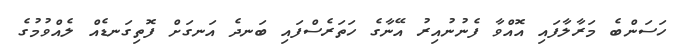
ހަސަންބެ މަރާލާފައި އޮއްވާ ފެނުނުއިރު އޭނާގެ ހަތަރެސްފައި ބަނދެ އަނގަށް ފޮތިގަނޑެއް ލެއްވުމުގެ